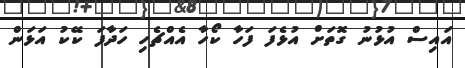
އައިސް އުޅުނު ގޮތަށް އުޅެފަ ފަހާ ކޯހާ އެއްޗެހި ހަދާފަ ކޭކު އަޅަން